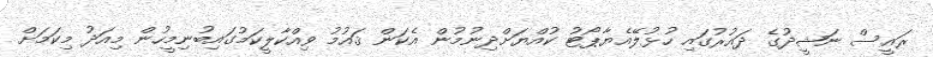
ރައީސް ނަޝީދުގެ ދައުރުގައި ހުޅުލޭއެޔާޕޯޓު ކުއްޔަށްދިނުމުން އެކަން ޤައުމު ވިއްކާލީކަމުގައިބުނިމީހުން މިއަދު މިކަމަށް